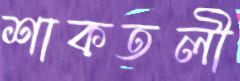
শাকতলী